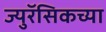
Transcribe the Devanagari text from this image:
ज्युरॅसिकच्या